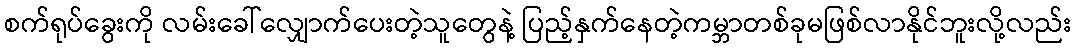
စက်ရုပ်ခွေးကို လမ်းခေါ်လျှောက်ပေးတဲ့သူတွေနဲ့ ပြည့်နှက်နေတဲ့ကမ္ဘာတစ်ခုမဖြစ်လာနိုင်ဘူးလို့လည်း